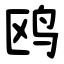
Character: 鸥